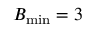
B _ { \mathrm { m i n } } = 3